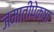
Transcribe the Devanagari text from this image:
जमातींपेक्षा